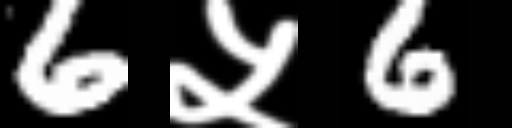
Text: 6५6